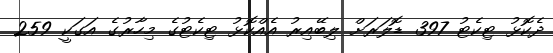
ދެކޮޅު ޓިކެޓު 397 ޑޮލަރަށް ލިބޭއިރު އެއްކޮޅު ޓިކެޓުގެ މިހާރުގެ އަގަކީ 259